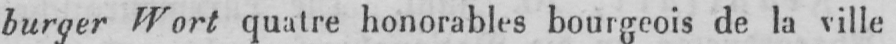
burger Wort quatre honorables bourgeois de la ville